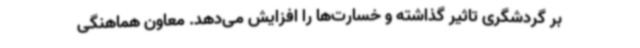
بر گردشگری تاثیر گذاشته و خسارت‌ها را افزایش می‌دهد. معاون هماهنگی